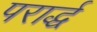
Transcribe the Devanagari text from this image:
परार्द्ध